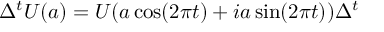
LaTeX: \Delta ^ { t } U ( a ) = U ( a \cos ( 2 \pi t ) + i a \sin ( 2 \pi t ) ) \Delta ^ { t }